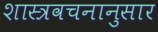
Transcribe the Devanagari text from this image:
शास्त्रवचनानुसार